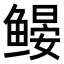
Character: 𬶩